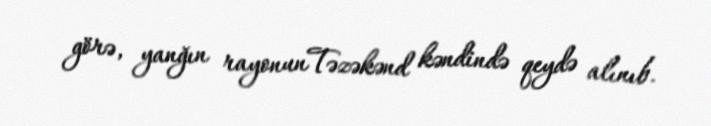
görə, yanğın rayonunTəzəkənd kəndində qeydə alınıb.